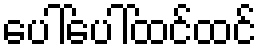
ပေါ်ပေါ်ထင်ထင်